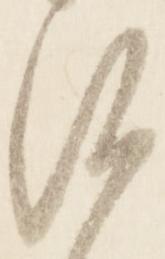
沙